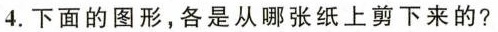
4.下面的图形，各是从哪张纸上剪下来的?